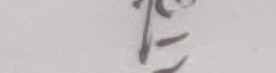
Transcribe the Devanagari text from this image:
ता